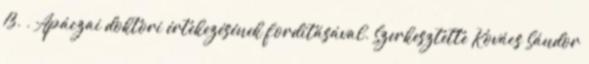
13. . Apáczai doktori értekezésének fordításával. Szerkesztette Kovács Sándor